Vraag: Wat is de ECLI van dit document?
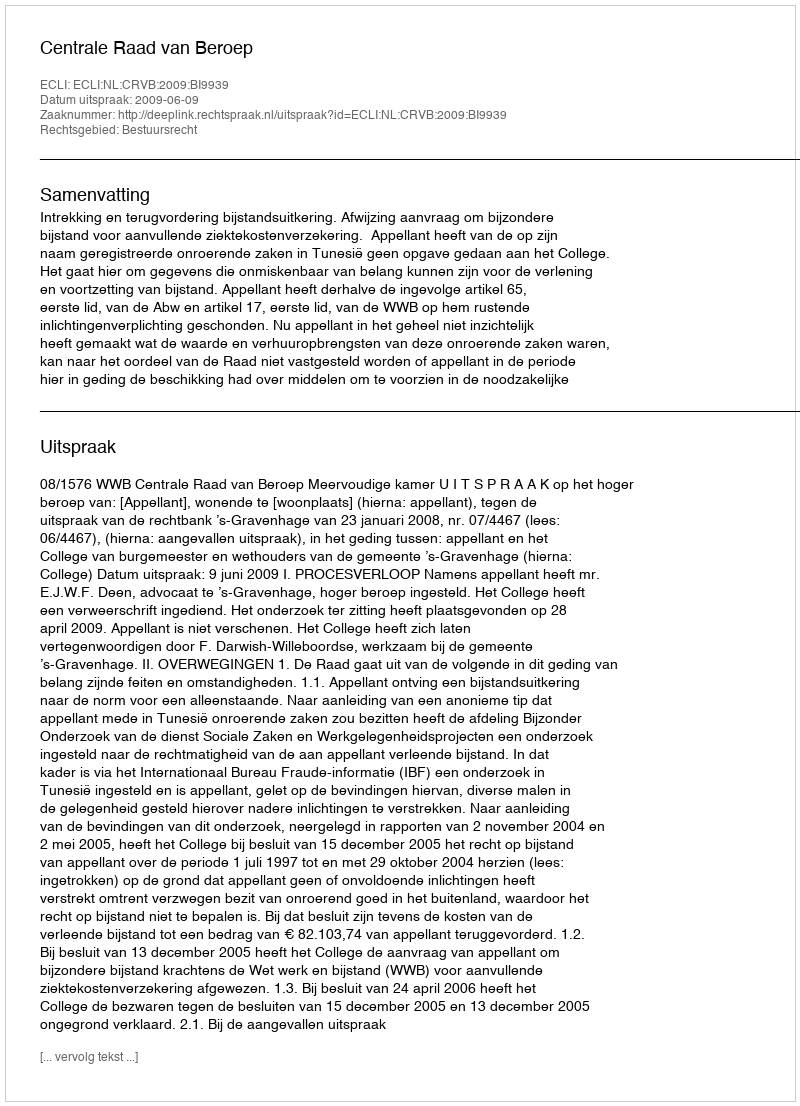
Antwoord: ECLI:NL:CRVB:2009:BI9939